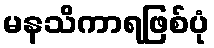
မနသိကာရဖြစ်ပုံ